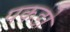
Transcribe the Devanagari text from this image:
पकडो